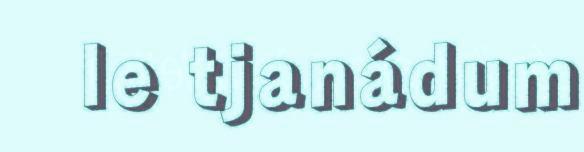
le tjanádum